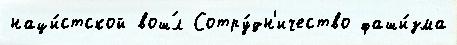
наци́стской вош́л Сотру́дн'ичество фаши́зма